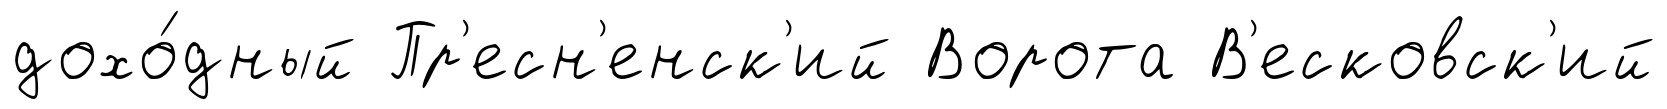
дохо́дный Пр'есн'енск'ий Ворота В'есковск'ий